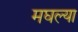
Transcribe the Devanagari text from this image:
मघल्या